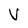
Character: V